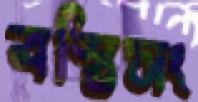
বস্তিসং